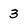
Character: 3